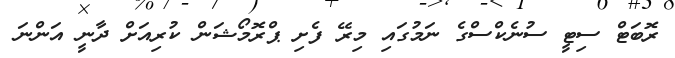
ރޮބަޓް ސިޓީ ސުނެކްސްގެ ނަމުގައި މިރޭ ފެށި ޕްރޮމޯޝަން ކުރިއަށް ދާނީ އަންނަ